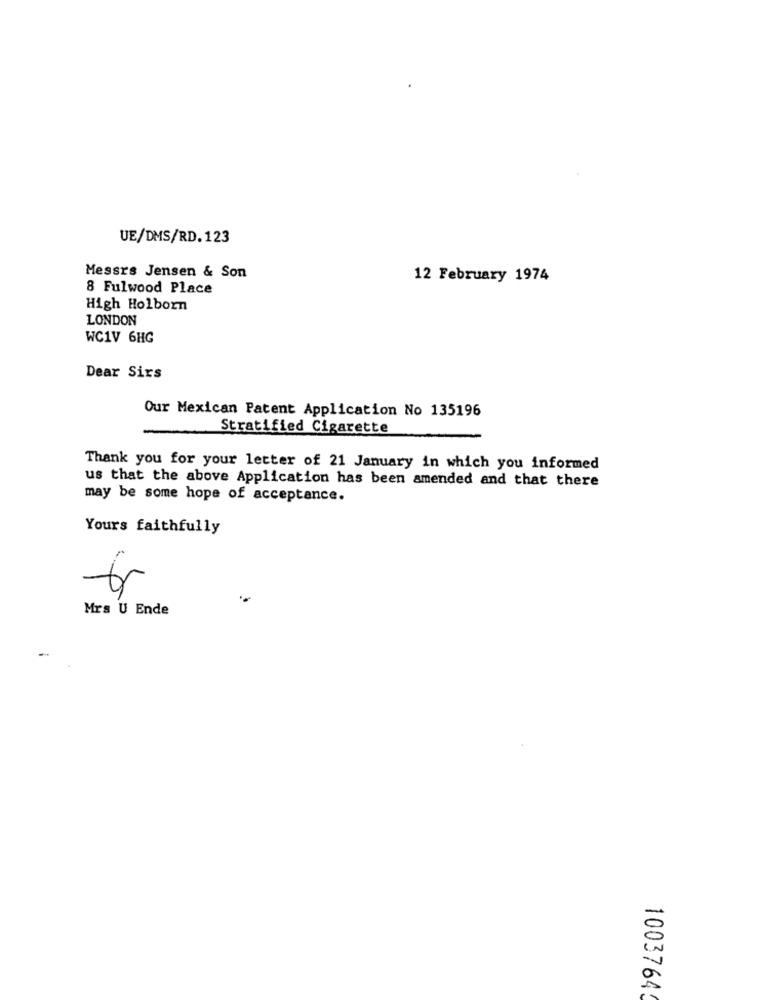
UE/DMS/RD.123
Messrs Jensen & Son
12 February 1974
8 Fulwood Place
High Holborn
LONDON
WC1V 6HG
Dear Sirs
Our Mexican Patent Application No 135196
Stratified Cigarette
Thank you for your letter of 21 January in which you informed
us that the above Application has been amended and that there
may be some hope of acceptance.
Yours faithfully
tr
Mrs U Ende
-
1003764